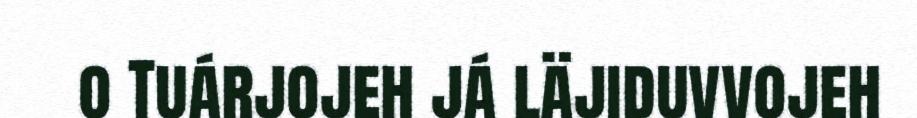
o Tuárjojeh já läjiduvvojeh